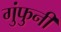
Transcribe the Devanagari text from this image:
गुंफुनी